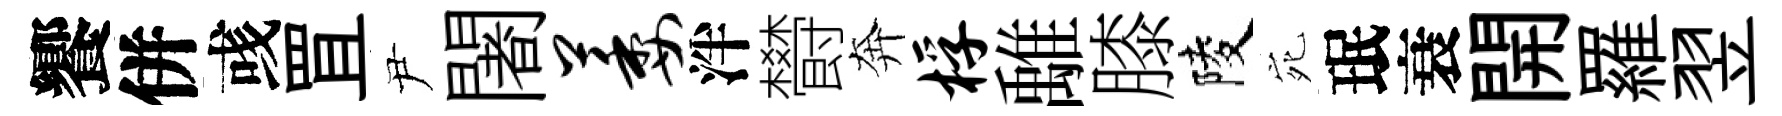
饗併彧罝尹闍萎泮欎奔桴𩀌膝陵宛珉衰開羅翌